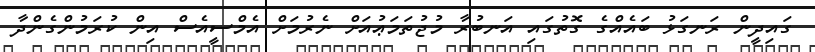
ގައިދީން ރަނގަޅު ބައެއްގެ ގޮތުގައި އަނބުރާ މުޖުތަމަޢުއަށް ނެރުމަށް އެމްސީއެސް އިން ކުރަމުންގެންދާ